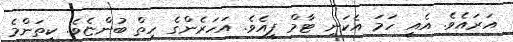
އަރައެވެ. އެއީ ހަމަ އެކަނި ޓާމް ފީއެވެ. އަހަރެންގެ ހިތް ބުންޏެވެ. ކިތަންމެ